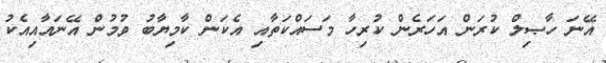
އޭނަ ހާޞިލް ކުރަން އަހަރެން ކުރިހާ މަސައްކަތާއި އެކަން ކާމިޔާބު ވުމުން އޭނައާއިއެކު